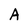
Character: A